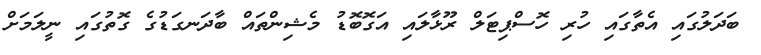
ބަދަލުގައި އެތާގައި ހުރި ހޮސްޕިޓަލް ރޫޅާލައި އަގޮބޮޑު މެޝިންތައް ބާދަނގަޑުގެ ގޮތުގައި ނީލަމަށް